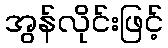
အွန်လိုင်းဖြင့်